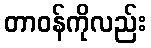
တာဝန်ကိုလည်း